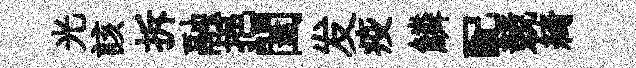
光該拆融挹闔发疫鱗配競綺